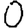
Digit: 0